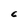
Character: C